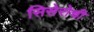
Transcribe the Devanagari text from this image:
सिसेरोची